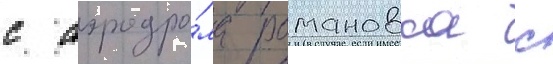
с аэродро́ма романовка с